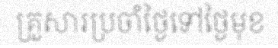
គ្រួសារប្រចាំថ្ងៃទៅថ្ងៃមុខ